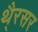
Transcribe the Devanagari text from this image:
थै्रसर